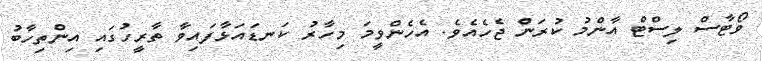
ވޯޓާސް ލިސްޓް އާންމު ކުރަން ޖެހެއެވެ. އެހެންވީމަ މިހާރު ކަނޑައަޅާފައިވާ ތާރީހުގައި އިންތިހާބު